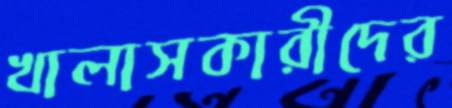
খালাসকারীদের